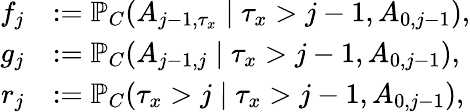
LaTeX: \begin{array}{rl}{f_{j}}&{:=\mathbb{P}_{C}(A_{j-1,\tau_{x}}\mid\tau_{x}>j-1,A_{0,j-1}),}\\ {g_{j}}&{:=\mathbb{P}_{C}(A_{j-1,j}\mid\tau_{x}>j-1,A_{0,j-1}),}\\ {r_{j}}&{:=\mathbb{P}_{C}(\tau_{x}>j\mid\tau_{x}>j-1,A_{0,j-1}),}\end{array}